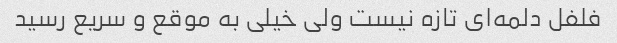
فلفل دلمه‌ای تازه نیست ولی خیلی به موقع و سریع رسید